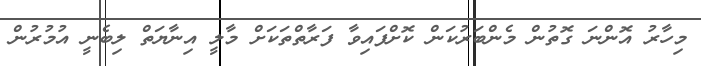
މިހާރު އޮންނަ ގޮތުން މެންބަރުކަން ކޮށްފައިވާ ފަރާތްތަކަށް މާލީ އިނާޔަތް ލިބެނީ އުމުރުން